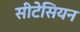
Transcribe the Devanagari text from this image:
सीटेसियन